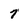
Character: 7